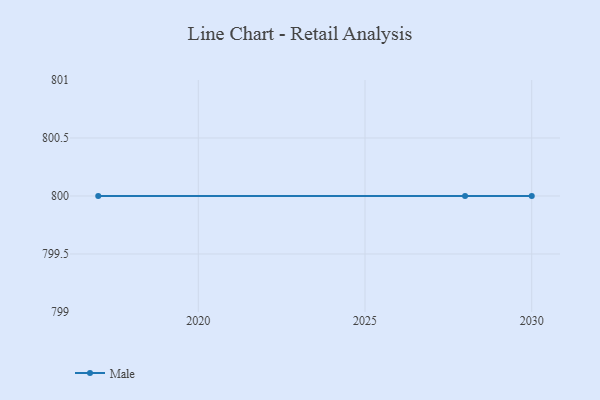
{"axis": {"x": "Year", "y": "Bounce Rate (%)"}, "legend": ["Male"], "data": [{"x": "2030", "y": 800, "type": "Male"}, {"x": "2017", "y": 800, "type": "Male"}, {"x": "2028", "y": 800, "type": "Male"}]}